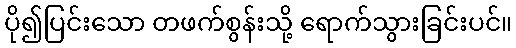
ပို၍ပြင်းသော တဖက်စွန်းသို့ ရောက်သွားခြင်းပင်။